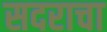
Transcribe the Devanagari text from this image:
सदराचा